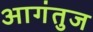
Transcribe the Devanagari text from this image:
आगंतुज